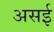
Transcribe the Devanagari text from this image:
असई